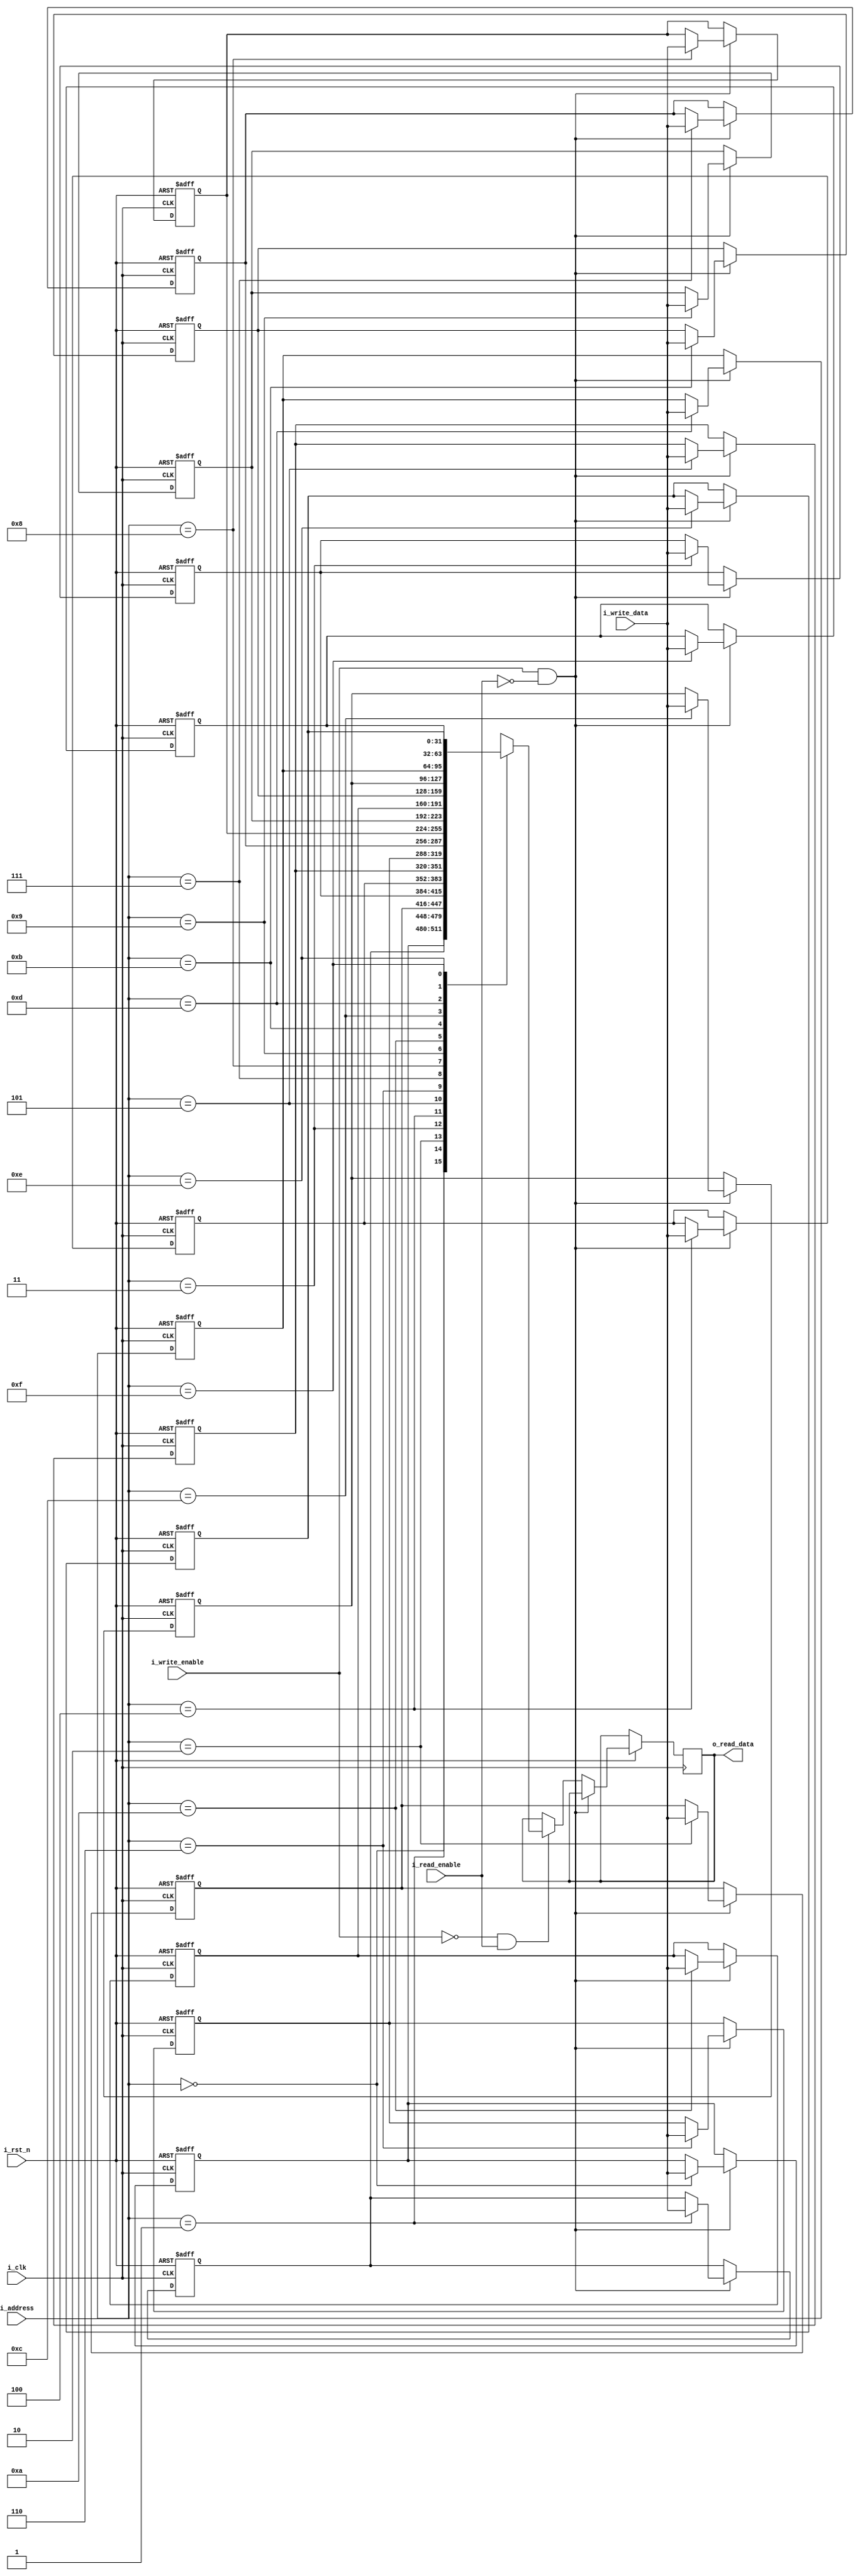
module reg_file #(parameter DATA_WIDTH = 32, REGISTER_DEPTH = 16, ADDRESS_WIDTH = 4) (
  input  wire                     i_clk          ,
  input  wire                     i_rst_n        ,
  input  wire                     i_write_enable ,
  input  wire                     i_read_enable  ,
  input  wire [DATA_WIDTH-1:0]    i_write_data   ,
  input  wire [ADDRESS_WIDTH-1:0] i_address      ,
  output reg  [DATA_WIDTH-1:0]    o_read_data   );

reg [DATA_WIDTH-1:0] register_file [REGISTER_DEPTH-1:0] ;

integer i ;

always@(posedge i_clk or negedge i_rst_n) begin
  if(!i_rst_n) begin
    for(i = 0; i < REGISTER_DEPTH; i = i + 1) begin
      register_file[i] <= 0 ;
    end
  end
  else if (i_write_enable && !i_read_enable) begin
    register_file[i_address] <= i_write_data ;
  end
  else if (!i_write_enable && i_read_enable) begin
    o_read_data <= register_file[i_address] ;
  end
end

endmodule